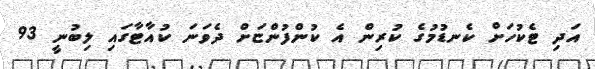
އަދި ޓެކުހަށް ކެނޑުމުގެ ކުރިން އެ ކުންފުންޏަށް ދެވަނަ ކުއާޓާގައި ލިބުނީ 93